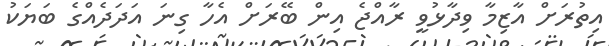
އިތުރަށް އާޒިމާ ވިދާޅުވީ ރާއްޖެ އިން ބޭރަށް އެހާ ގިނަ އަދަދެއްގެ ބަޔަކު